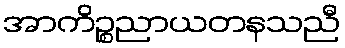
အာကိဉ္စညာယတနသညီ